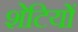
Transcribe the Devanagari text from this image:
शेटियों